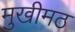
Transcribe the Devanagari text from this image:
मुखीमठ